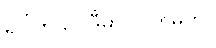
ရပါတယ်။ ဒီမှာ လက်မှတ်။